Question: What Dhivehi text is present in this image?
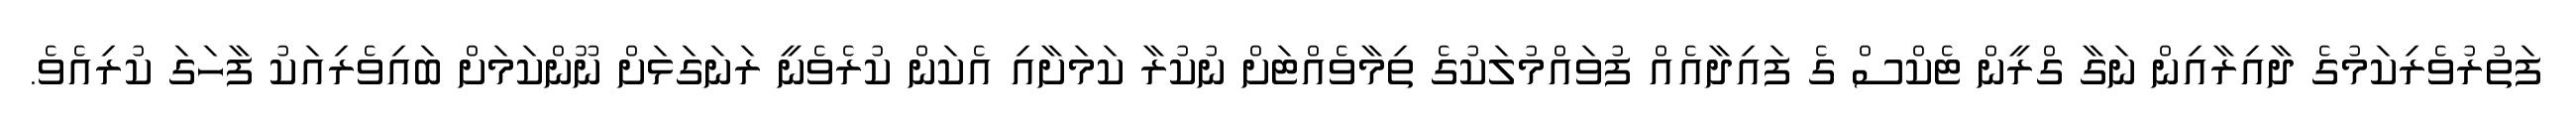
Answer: ފަތުރުވެރިކަމުގެ ދާއިރާއިން ނަގާ ގްރީން ޓެކްސް ގެ ފައިދާއެއް ފުވައްމުލަކުގެ ތިމާވެއްޓަށް ނުކުރާ ކަމަށާއި އެކަން ކުރެވެނީ ރަނަގަޅަށް ނޫންކަމަށް ބައިވެރިއަކު ފާހަގަ ކުރިއެވެ.